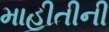
માહીતીની